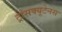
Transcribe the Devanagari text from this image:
ट्रांसक्यूटेनस